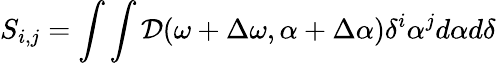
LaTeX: S_{i,j}=\int\int\mathcal{D}(\omega+\Delta\omega,\alpha+\Delta\alpha)\delta^{i}\alpha^{j}d\alpha d\delta